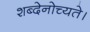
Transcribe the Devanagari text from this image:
शब्देनोच्यते।